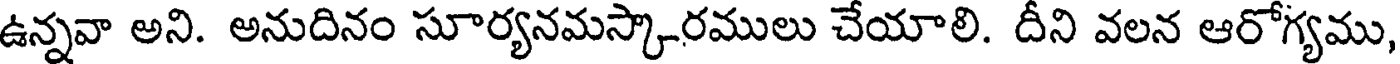
ఉన్నవా అని. అనుదినం సూర్యనమస్కారములు చేయాలి. దీని వలన ఆరోగ్యము,